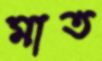
মাত